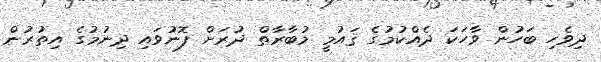
ދިވެހި ބަހުން ވާހަކަ ދެއްކުމުގެ ޤައުމީ މުބާރާތް ދުރަށް ފޮނުވައި ދިނުމުގެ އިތުރުން